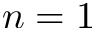
n = 1